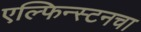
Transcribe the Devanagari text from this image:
एल्फिन्स्टनचा